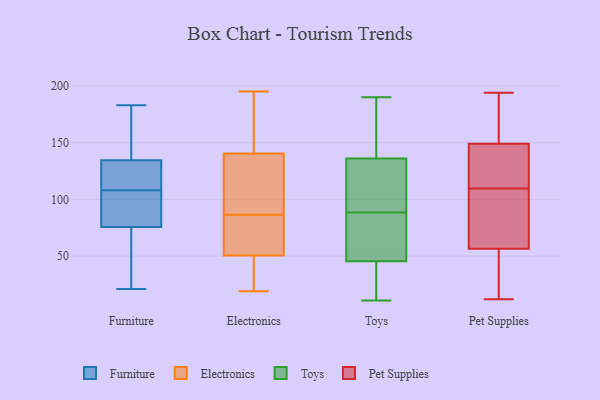
{"axis": {"x": "Budget (USD K)", "y": "Value"}, "legend": ["Electronics", "Furniture", "Pet Supplies", "Toys"], "data": [{"x": "", "y": 137, "type": "Furniture"}, {"x": "", "y": 73, "type": "Furniture"}, {"x": "", "y": 91, "type": "Furniture"}, {"x": "", "y": 183, "type": "Furniture"}, {"x": "", "y": 166, "type": "Furniture"}, {"x": "", "y": 21, "type": "Furniture"}, {"x": "", "y": 127, "type": "Furniture"}, {"x": "", "y": 149, "type": "Furniture"}, {"x": "", "y": 127, "type": "Furniture"}, {"x": "", "y": 110, "type": "Furniture"}, {"x": "", "y": 84, "type": "Furniture"}, {"x": "", "y": 24, "type": "Furniture"}, {"x": "", "y": 44, "type": "Furniture"}, {"x": "", "y": 47, "type": "Furniture"}, {"x": "", "y": 119, "type": "Furniture"}, {"x": "", "y": 156, "type": "Furniture"}, {"x": "", "y": 108, "type": "Furniture"}, {"x": "", "y": 90, "type": "Furniture"}, {"x": "", "y": 93, "type": "Furniture"}, {"x": "", "y": 77, "type": "Electronics"}, {"x": "", "y": 24, "type": "Electronics"}, {"x": "", "y": 19, "type": "Electronics"}, {"x": "", "y": 133, "type": "Electronics"}, {"x": "", "y": 76, "type": "Electronics"}, {"x": "", "y": 80, "type": "Electronics"}, {"x": "", "y": 91, "type": "Electronics"}, {"x": "", "y": 195, "type": "Electronics"}, {"x": "", "y": 19, "type": "Electronics"}, {"x": "", "y": 148, "type": "Electronics"}, {"x": "", "y": 191, "type": "Electronics"}, {"x": "", "y": 102, "type": "Electronics"}, {"x": "", "y": 178, "type": "Electronics"}, {"x": "", "y": 25, "type": "Electronics"}, {"x": "", "y": 130, "type": "Electronics"}, {"x": "", "y": 82, "type": "Electronics"}, {"x": "", "y": 130, "type": "Toys"}, {"x": "", "y": 43, "type": "Toys"}, {"x": "", "y": 94, "type": "Toys"}, {"x": "", "y": 162, "type": "Toys"}, {"x": "", "y": 48, "type": "Toys"}, {"x": "", "y": 57, "type": "Toys"}, {"x": "", "y": 11, "type": "Toys"}, {"x": "", "y": 119, "type": "Toys"}, {"x": "", "y": 49, "type": "Toys"}, {"x": "", "y": 163, "type": "Toys"}, {"x": "", "y": 20, "type": "Toys"}, {"x": "", "y": 131, "type": "Toys"}, {"x": "", "y": 115, "type": "Toys"}, {"x": "", "y": 83, "type": "Toys"}, {"x": "", "y": 25, "type": "Toys"}, {"x": "", "y": 48, "type": "Toys"}, {"x": "", "y": 30, "type": "Toys"}, {"x": "", "y": 190, "type": "Toys"}, {"x": "", "y": 141, "type": "Toys"}, {"x": "", "y": 153, "type": "Toys"}, {"x": "", "y": 111, "type": "Pet Supplies"}, {"x": "", "y": 65, "type": "Pet Supplies"}, {"x": "", "y": 108, "type": "Pet Supplies"}, {"x": "", "y": 117, "type": "Pet Supplies"}, {"x": "", "y": 25, "type": "Pet Supplies"}, {"x": "", "y": 166, "type": "Pet Supplies"}, {"x": "", "y": 12, "type": "Pet Supplies"}, {"x": "", "y": 172, "type": "Pet Supplies"}, {"x": "", "y": 194, "type": "Pet Supplies"}, {"x": "", "y": 132, "type": "Pet Supplies"}, {"x": "", "y": 69, "type": "Pet Supplies"}, {"x": "", "y": 48, "type": "Pet Supplies"}]}